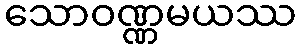
သောဝဏ္ဏမယဿ